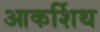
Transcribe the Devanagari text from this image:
आकर्शिथ